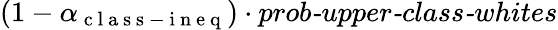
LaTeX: (1-\alpha_{\mathrm{~c~l~a~s~s~-~i~n~e~q~}})\cdot\textit{prob-upper-class-whites}